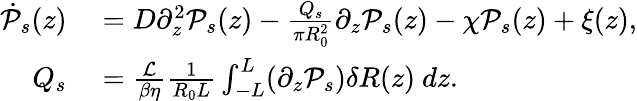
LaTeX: \begin{array}{rl}{\dot{\mathcal{P}}_{s}(z)}&{{}=D\partial_{z}^{2}\mathcal{P}_{s}(z)-\frac{Q_{s}}{\pi R_{0}^{2}}\partial_{z}\mathcal{P}_{s}(z)-\chi\mathcal{P}_{s}(z)+\xi(z),}\\ {Q_{s}}&{{}=\frac{\mathcal{L}}{\beta\eta}\frac{1}{R_{0}L}\int_{-L}^{L}(\partial_{z}\mathcal{P}_{s})\delta R(z)\ dz.}\end{array}